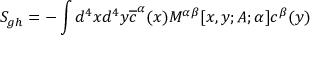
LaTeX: S _ { g h } = - \int d ^ { 4 } x d ^ { 4 } y \overline { { { c } } } ^ { \alpha } ( x ) M ^ { \alpha \beta } [ x , y ; A ; \alpha ] c ^ { \beta } ( y )